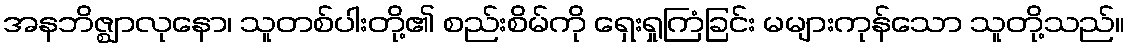
အနဘိဇ္ဈာလုနော၊ သူတစ်ပါးတို့၏ စည်းစိမ်ကို ရှေးရှုကြံခြင်း မများကုန်သော သူတို့သည်။